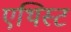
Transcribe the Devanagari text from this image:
एथिस्ट